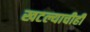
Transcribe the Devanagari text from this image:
खटल्याचीही